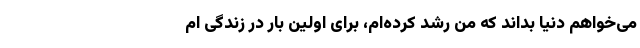
می‌خواهم دنیا بداند که من رشد کرده‌ام، برای اولین بار در زندگی ام